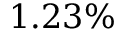
1 . 2 3 \%